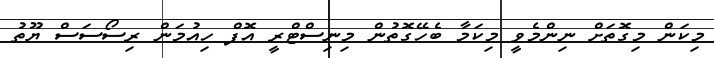
މިކަން މިގޮތަށް ނިންމެވީ މިކަމާ ބެހޭގޮތުން މިނިސްޓްރީ އޮފް ހިއުމަން ރިސޯސަސް ޔޫތު